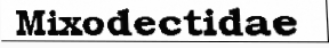
Mixodectidae